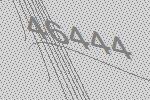
46444